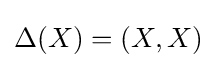
\Delta (X)=(X,X)